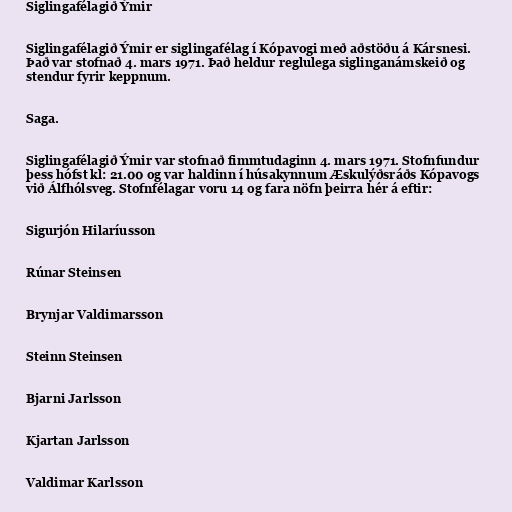
Siglingafélagið Ýmir

Siglingafélagið Ýmir er siglingafélag í Kópavogi með aðstöðu á Kársnesi.
Það var stofnað 4. mars 1971. Það heldur reglulega siglinganámskeið og
stendur fyrir keppnum.

Saga.

Siglingafélagið Ýmir var stofnað fimmtudaginn 4. mars 1971. Stofnfundur
þess hófst kl: 21.00 og var haldinn í húsakynnum Æskulýðsráðs Kópavogs
við Álfhólsveg. Stofnfélagar voru 14 og fara nöfn þeirra hér á eftir:

Sigurjón Hilaríusson

Rúnar Steinsen

Brynjar Valdimarsson

Steinn Steinsen

Bjarni Jarlsson

Kjartan Jarlsson

Valdimar Karlsson